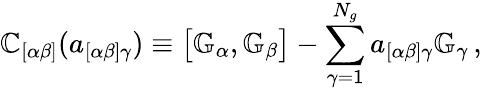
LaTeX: \mathbb{C}_{[\alpha\beta]}(a_{[\alpha\beta]\gamma})\equiv\bigl[\mathbb{G}_{\alpha},\mathbb{G}_{\beta}\bigr]-\sum_{\gamma=1}^{N_{g}}a_{[\alpha\beta]\gamma}\mathbb{G}_{\gamma}\, ,